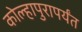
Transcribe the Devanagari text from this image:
कोल्हापुरापर्यंत